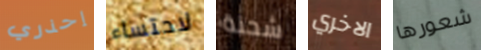
إحذري لاحتساء شحنة الاخري شعورها